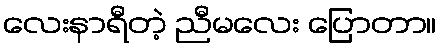
လေးနာရီတဲ့ ညီမလေး ပြောတာ။